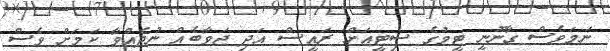
ނަމަވެސް ގާނޫނީ ޓީމުގެ ސިޓީއަށް ރައީސް އަދި ޖަވާބެއް ނުދެއްވާ ކަމަށް ވެސް